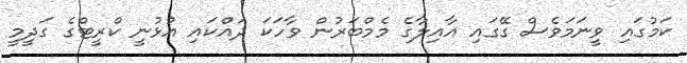
ކަމުގައި ވީނަމަވެސް ގޭގައި އާއިލާގެ މެމްބަރުން ވާހަކަ ދައްކައި އުޅުނީ ކްރީޓްގެ ގަދީމީ